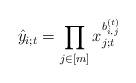
LaTeX: \begin{align*} \hat{y}_{i;t} = \prod_{j\in[m] } x_{j;t}^{b^{(t)}_{i,j}}\end{align*}